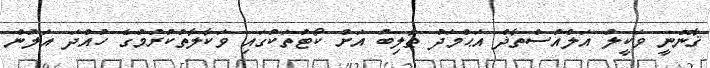
ޤާނޫނީ ވަކީލު އަލްއުސްތާޛް އަޙްމަދު ޠާލިބު އަށް ކޯޓުތަކުގައި ވަކާލާތުކުރުމުގެ ހުއްދަ އަލުން